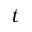
t